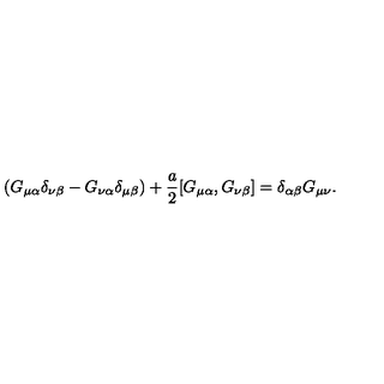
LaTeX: ( G _ { \mu \alpha } \delta _ { \nu \beta } - G _ { \nu \alpha } \delta _ { \mu \beta } ) + \frac { a } { 2 } [ G _ { \mu \alpha } , G _ { \nu \beta } ] = \delta _ { \alpha \beta } G _ { \mu \nu } .